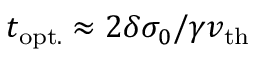
t _ { \mathrm { o p t . } } \approx 2 \delta \sigma _ { 0 } / \gamma v _ { \mathrm { t h } }